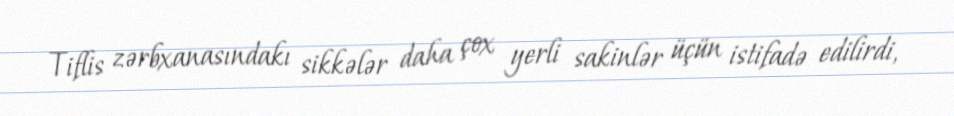
Tiflis zərbxanasındakı sikkələr daha çox yerli sakinlər üçün istifadə edilirdi,